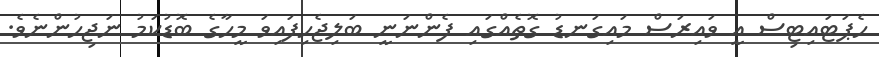
ހެޕަޓައިޓިސް އީ ވައިރަސް މައިގަނޑު ގޮތެއްގައި ފެންނަނީ ބަލިޖެހިފައިވަ މީހާގެ ބޮޑުކަމު ނަޖިހުންނެވެ.